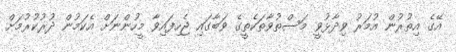
އޭގެ އިތުރުން އުމަރު ވިދާޅުވީ މަސްތުވާތަކެތީގެ ވަބާގައި ޖެހިފައިވާ މީހުންނަށް އެކަމުން ދުރުކުރުމަށް